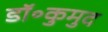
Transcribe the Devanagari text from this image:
डॉ॰कुमुद